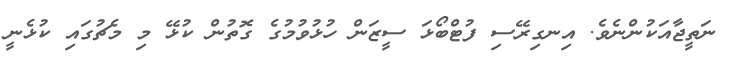
ނަތީޖާއަކުންނެވެ. އިނގިރޭސި ފުޓްބޯޅަ ސީޒަން ހުޅުވުމުގެ ގޮތުން ކުޅޭ މި މެޗުގައި ކުޅެނީ